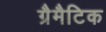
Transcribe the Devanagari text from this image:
ग्रैमैटिक